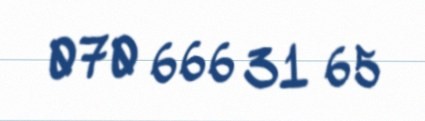
070 666 31 65